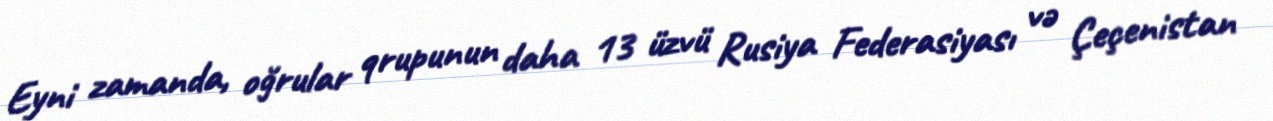
Eyni zamanda, oğrular qrupunun daha 13 üzvü Rusiya Federasiyası və Çeçenistan